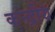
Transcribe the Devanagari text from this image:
कन्द्रीय